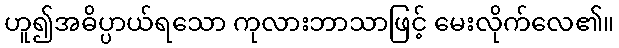
ဟူ၍အဓိပ္ပာယ်ရသော ကုလားဘာသာဖြင့် မေးလိုက်လေ၏။